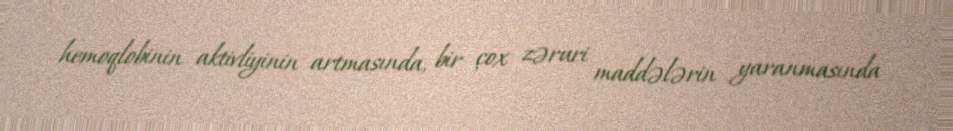
hemoqlobinin aktivliyinin artmasında, bir çox zəruri maddələrin yaranmasında